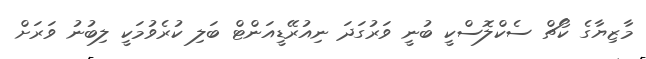
މާޒިޔާގެ ކޯޗް ސެކްލޮސްކީ ބުނީ ވަރުގަދަ ނިއުރޭޑީއަންޓް ބަލި ކުރެވުމަކީ ލިބުނު ވަރަށް